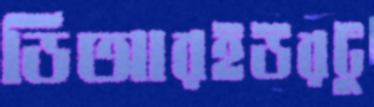
ডিআরইউরটু